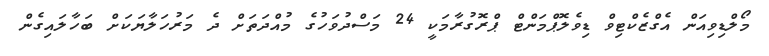
މޯލްޑިވިއަން އެގްޒެކްޓިވް ޑިވެލޮޕްމަންޓް ޕްރޮގުރާމަކީ 24 މަސްދުވަހުގެ މުއްދަތަށް ދެ މަރުހަލާޔަކަށް ބަހާލައިގެން